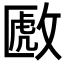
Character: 𫿈